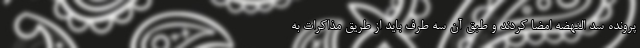
پرونده سد النهضه امضا کردند و طبق آن سه طرف باید از طریق مذاکرات به